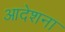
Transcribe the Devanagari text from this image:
आदेशना